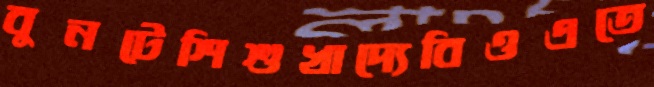
বুনটেশিশুখাদ্যেবিওএতে